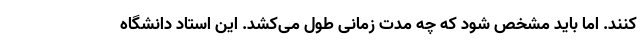
کنند. اما باید مشخص شود که چه مدت زمانی طول می‌کشد. این استاد دانشگاه